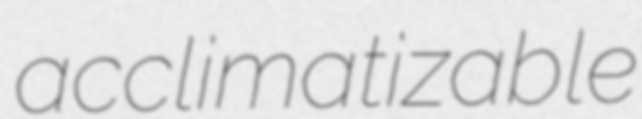
acclimatizable